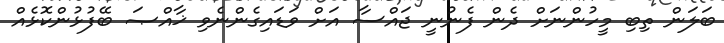
ބަލަން ތިބި މީހުންނަށް ދެން ފެނުނީ ޖައްސާ އަށް ވަޑައިގެންނެވި ޚާއްޞަ ބޭފުޅުންކޮޅެއް